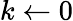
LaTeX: k\leftarrow 0